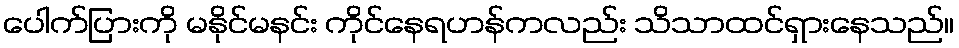
ပေါက်ပြားကို မနိုင်မနင်း ကိုင်နေရဟန်ကလည်း သိသာထင်ရှားနေသည်။